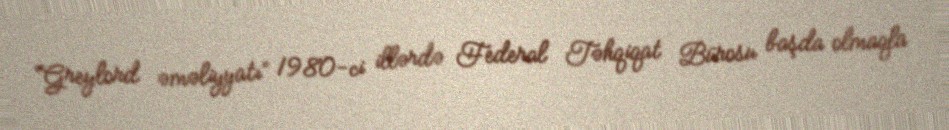
“Greylord əməliyyatı” 1980-ci illərdə Federal Təhqiqat Bürosu başda olmaqla